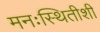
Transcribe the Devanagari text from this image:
मनःस्थितीशी